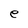
Character: e